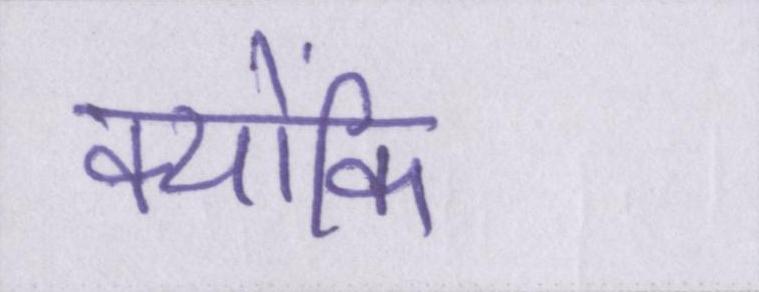
क्योंकि